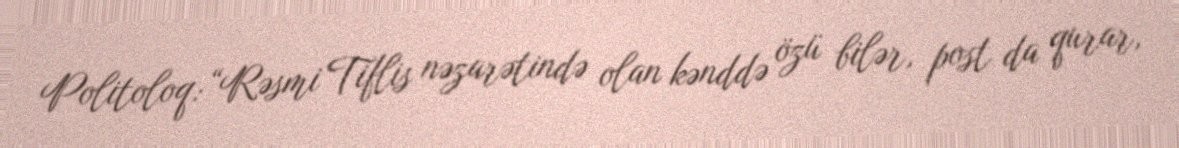
Politoloq: “Rəsmi Tiflis nəzarətində olan kənddə özü bilər, post da qurar,